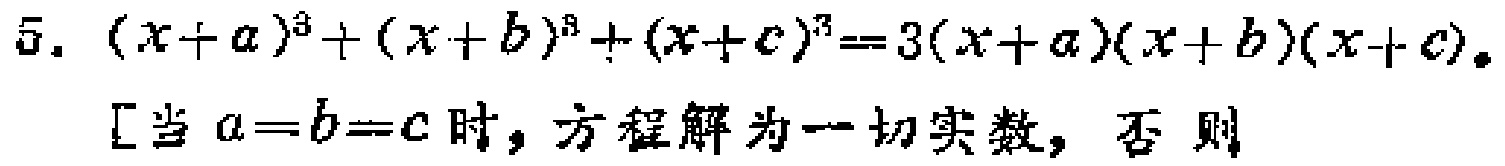
5. \((x + a)^{3}+(x + b)^{3}+(x + c)^{3}=3(x + a)(x + b)(x + c)\).

[当 \(a = b = c\) 时，方程解为一切实数，否则]